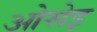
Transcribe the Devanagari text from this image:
ओसेइ